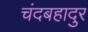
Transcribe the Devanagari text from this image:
चंदबहादुर